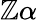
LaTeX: \mathbb{Z}\alpha